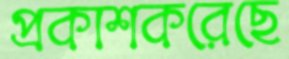
প্রকাশকরেছে